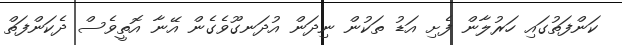
ކަންފަތުގައި ހަރުލާން ފެށި އަޑު ތަކުން ނިދަން އުދަނގޫވެގެން އޭނާ އޮތީވެސް ދެކަންފަތް